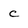
Character: c